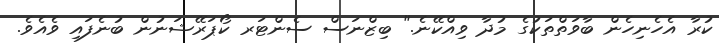
ކުރާ އެހެނިހެން ބާވަތްތަކުގެ މުދާ ވިއްކޭނެ." ބިޒްނަސް ސެންޓަރ ކޯޕަރޭޝަނުން ބުނެފައި ވެއެވެ.